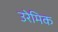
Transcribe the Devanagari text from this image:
उरेमिक